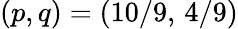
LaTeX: (p,q)=(10/9,\, 4/9)